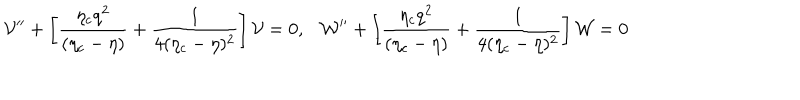
{ \cal V } ^ { \prime \prime } + \left[ \frac { \eta _ { c } q ^ { 2 } } { ( \eta _ { c } - \eta ) } + \frac { 1 } { 4 ( \eta _ { c } - \eta ) ^ { 2 } } \right] { \cal V } = 0 , { \cal W } ^ { \prime \prime } + \left[ \frac { \eta _ { c } q ^ { 2 } } { ( \eta _ { c } - \eta ) } + \frac { 1 } { 4 ( \eta _ { c } - \eta ) ^ { 2 } } \right] { \cal W } = 0